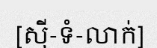
[ស៊ី-ទំ-លាក់]